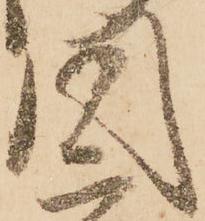
同